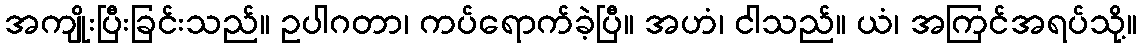
အကျိုးပြီးခြင်းသည်။ ဥပါဂတာ၊ ကပ်ရောက်ခဲ့ပြီ။ အဟံ၊ ငါသည်။ ယံ၊ အကြင်အရပ်သို့။